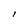
Character: l